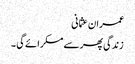
عمران عثمانی
زندگی پھر سے مسکرائے گی ۔